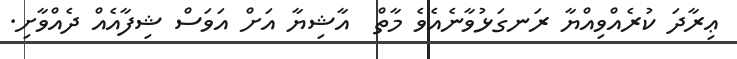
ޢިރާދަ ކުރެއްވިއްޔާ ރަނގަޅުވާނެއެވެ މާތް  އާޝިޔާ އަށް އަވަސް ޝިފާއެއް ދެއްވާށި.